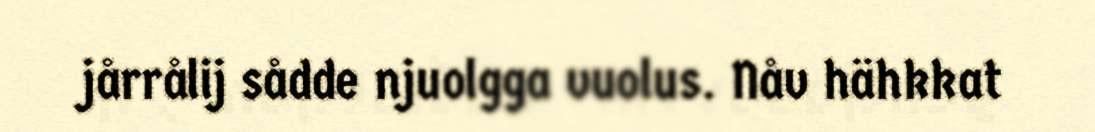
jårrålij sådde njuolgga vuolus. Nåv hähkkat